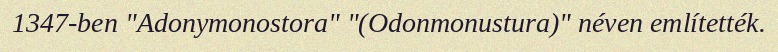
1347-ben "Adonymonostora" "(Odonmonustura)" néven említették.